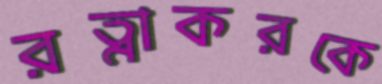
রত্নাকরকে